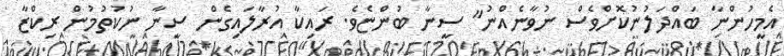
އެމީހުންނާ ބައްދަލުނުކޮށްވެސް ނުވާނެއްނު" ސީނާ ބުންޏެވެ. ރައިކާ އުރާލައިގެން ސީނާ ނުކުތުމުން ރިކްޒާ